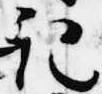
記